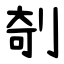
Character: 剞